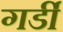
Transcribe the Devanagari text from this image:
गर्डी